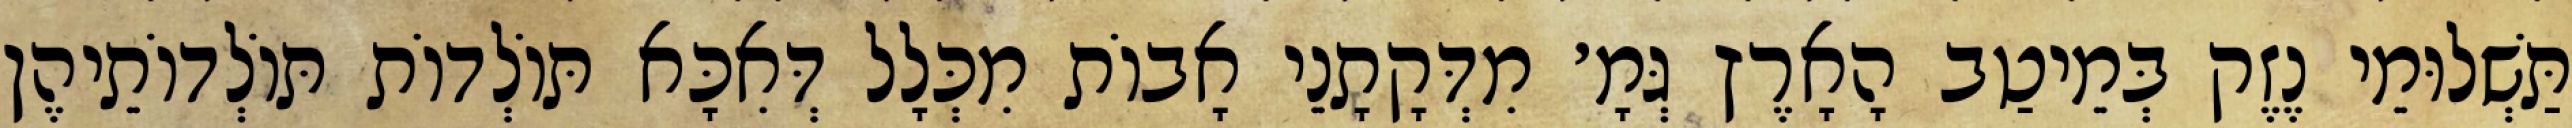
תַּשְׁלוּמֵי נֶזֶק בְּמֵיטַב הָאָרֶץ גְּמָ׳ מִדְּקָתָנֵי אָבוֹת מִכְּלָל דְּאִכָּא תּוֹלְדוֹת תּוֹלְדוֹתֵיהֶן